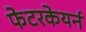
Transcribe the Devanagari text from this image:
फेटरकेयर्न